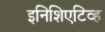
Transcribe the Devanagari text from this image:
इनिशिएटिव्ह